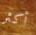
أكثر